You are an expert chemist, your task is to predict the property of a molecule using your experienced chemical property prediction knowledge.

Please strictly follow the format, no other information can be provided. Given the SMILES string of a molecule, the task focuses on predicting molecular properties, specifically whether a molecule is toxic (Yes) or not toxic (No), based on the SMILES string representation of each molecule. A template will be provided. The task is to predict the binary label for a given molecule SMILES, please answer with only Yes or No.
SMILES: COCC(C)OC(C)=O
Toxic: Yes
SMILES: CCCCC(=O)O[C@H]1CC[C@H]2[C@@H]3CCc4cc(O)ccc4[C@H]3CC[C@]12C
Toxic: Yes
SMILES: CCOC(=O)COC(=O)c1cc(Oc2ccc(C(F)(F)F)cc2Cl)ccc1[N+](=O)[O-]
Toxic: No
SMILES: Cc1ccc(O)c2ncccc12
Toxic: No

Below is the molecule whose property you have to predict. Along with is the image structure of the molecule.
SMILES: Cc1nc(Nc2ncc(C(=O)Nc3c(C)cccc3Cl)s2)cc(N2CCN(CCO)CC2)n1
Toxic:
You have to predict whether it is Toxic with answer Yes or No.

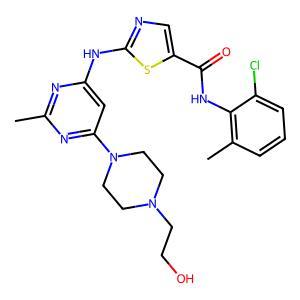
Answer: No